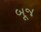
બૂજ